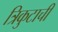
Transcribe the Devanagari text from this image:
त्रिकुटाची